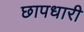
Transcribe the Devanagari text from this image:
छापधारी